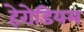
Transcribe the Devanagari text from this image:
हेरोडियम